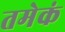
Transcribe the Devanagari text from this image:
तमेकं